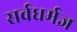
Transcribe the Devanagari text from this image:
सर्वधर्मज्ञ